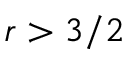
r > 3 / 2